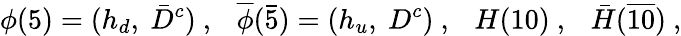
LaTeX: \phi(5)=(h_{d},~\bar{D}^{c})~,~~~\overline{{{\phi}}}(\bar{5})=(h_{u},~D^{c})~,~~~H(10)~,~~~\bar{H}(\overline{{{10}}})~,